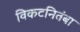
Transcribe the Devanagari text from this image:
विकटनितंबा